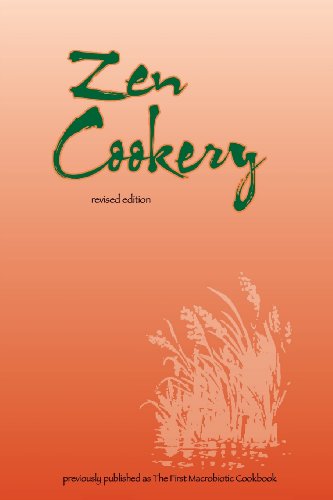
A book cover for Zen Cookery: Previously Published as The First Macrobiotic Cookbook; Cornellia Aihara; Health, Fitness & Dieting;